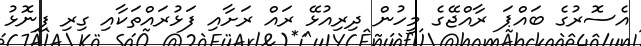
އެސޮރުގެ ބައްޕަ ރާއްޖޭގެ މީހުން ދިރިއުޅޭ ރައް ރަށާއި ފަޅުރައްތަކާއި ގިރި ފިނޮޅު